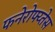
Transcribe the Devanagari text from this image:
फनेरोफ्य्तेस